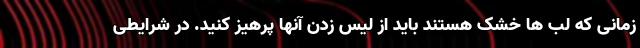
زمانی که لب ها خشک هستند باید از لیس زدن آنها پرهیز کنید. در شرایطی